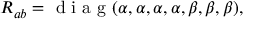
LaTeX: { R _ { a b } = \textrm { d i a g } ( \alpha , \alpha , \alpha , \alpha , \beta , \beta , \beta ) , }